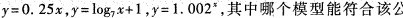
$$y=0.25x$$，$$y=\log _{7}x+1$$，$$y=1.002^{x}$$，其中哪个模型能符合该公